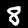
Label: 8